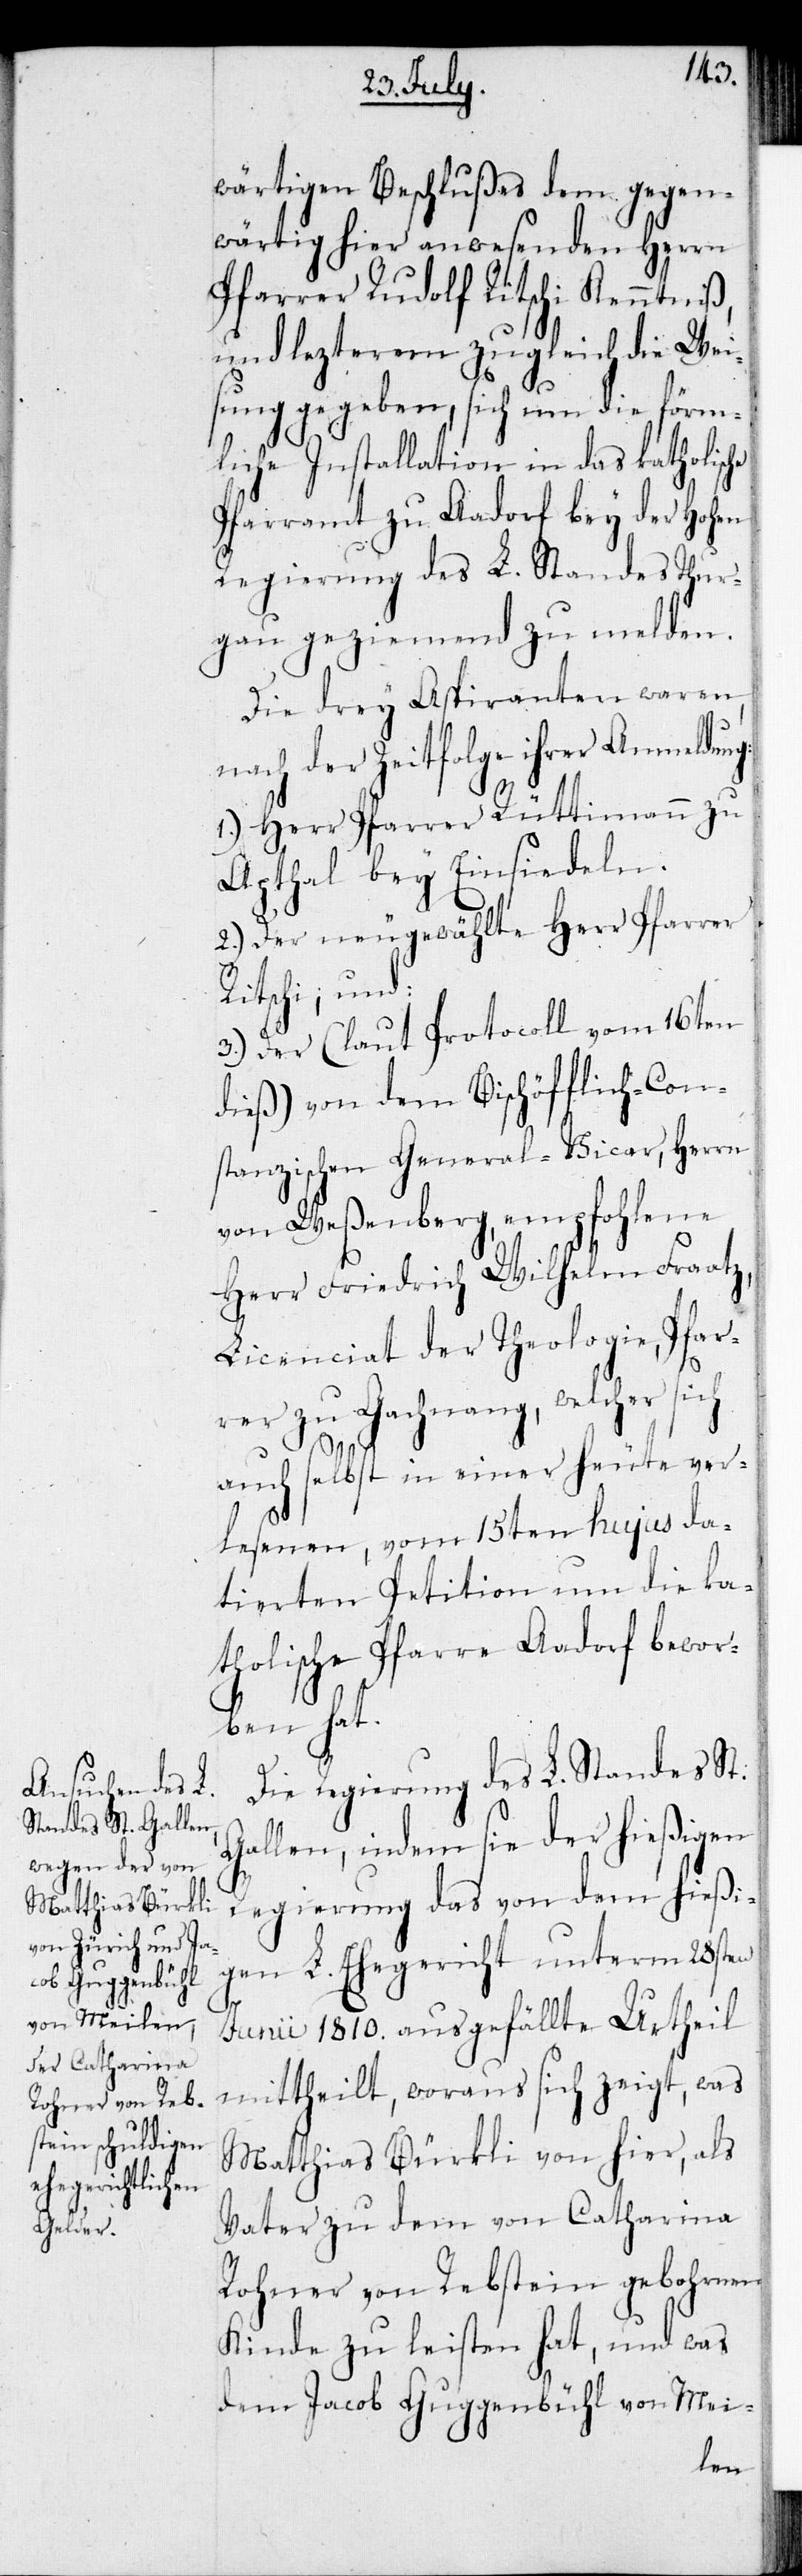
wärtigen Beschlußes dem gegen¬
wärtig hier anwesenden Herrn
Pfarrer Rudolf Ritschi Kenntniß
und lezterem zugleich die Wei¬
sung gegeben, sich um die förm¬
liche Installation in das katholische
Pfarramt zu Aadorf bey der Hohen
Regierung des L. Standes Thur¬
gau geziemend zu melden.
Die drey Aspiranten waren,
nach der Zeitfolge ihrer Anmeldung:
1.) Herr Pfarrer Rüttimann zu
Apthal bey Einsiedeln.
2.) Der neugewählte Herr Pfarrer
Ritschi, und:
3.) Der (laut Protocoll vom 16ten
dieß) von dem Bischöfflich-Con¬
stanzischen General-Vicar, Herrn
von Weßenberg empfohlene
Herr Friedrich Wilhelm Fraatz,
Licenciat der Theologie, Pfar¬
rer zu Gachnang, welcher sich
auch selbst in einer heute ver¬
lesenen, vom 15ten hujus da¬
tierten Petition um die ka¬
tholische Pfarre Aadorf bewor¬
ben hat.
Die Regierung des L. Standes St.
Gallen, indem sie der hießigen
Regierung das von dem hießi¬
gen L. Ehegericht unterm 28sten
Junii 1810. ausgefällte Urtheil
mittheilt, woraus sich zeigt, was
Matthias Bürkli von hier, als
Vater zu dem von Catharina
Rohner von Rebstein gebohrenen
Kinde zu leisten hat, und was
dem Jacob Guggenbühl von Mei-